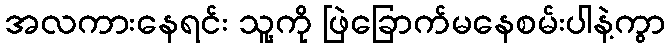
အလကားနေရင်း သူ့ကို ဖြဲခြောက်မနေစမ်းပါနဲ့ကွာ